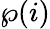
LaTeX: \wp(i)